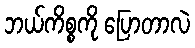
ဘယ်ကိစ္စကို ပြောတာလဲ